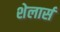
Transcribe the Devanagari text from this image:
शेलार्स